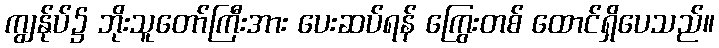
ကျွန်ုပ်၌ ဘိုးသူတော်ကြီးအား ပေးဆပ်ရန် ကြွေးတစ် ထောင်ရှိပေသည်။